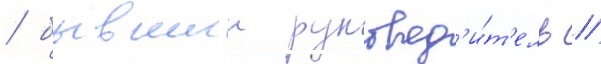
/ бывшии руковод'и́т'ель //